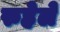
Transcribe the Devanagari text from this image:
रुहेले